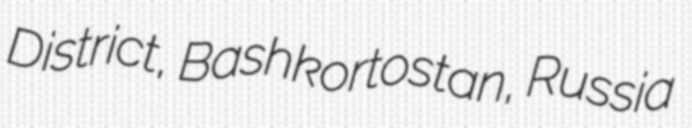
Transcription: District, Bashkortostan, Russia